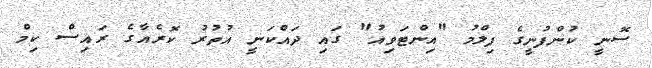
ސޮނީ ކުންފުނީގެ ފިލްމު "އިންޓަވިއު" ގައި ދައްކަނީ އުތުރު ކޮރެއާގެ ރައިސް ކިމް